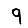
Digit: 9